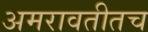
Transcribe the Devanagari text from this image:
अमरावतीतच